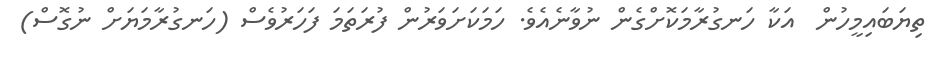
ތިޔަބައިމީހުން  އަކާ ހަނގުރާމަކޮށްގެން ނުވާނެއެވެ. ހަމަކަށަވަރުން ފުރަތަމަ ފަހަރުވެސް (ހަނގުރާމަޔަށް ނުގޮސް)